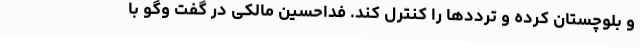
و بلوچستان کرده و ترددها را کنترل کند. فداحسین مالکی در گفت وگو با